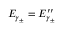
E _ { \gamma _ { \pm } } = E _ { \gamma _ { \pm } } ^ { \prime \prime }